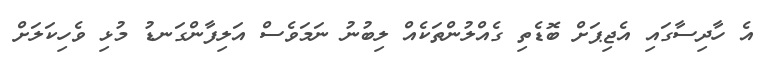
އެ ހާދިސާގައި އެޖިޕަށް ބޮޑެތި ގެއްލުންތަކެއް ލިބުނު ނަމަވެސް އަލިފާންގަނޑު މުޅި ވެހިކަލަށް